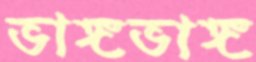
ভাঙ্গভাঙ্গ